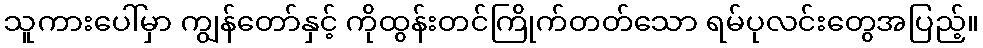
သူကားပေါ်မှာ ကျွန်တော်နှင့် ကိုထွန်းတင်ကြိုက်တတ်သော ရမ်ပုလင်းတွေအပြည့်။